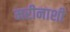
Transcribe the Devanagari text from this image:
मरीनाशी